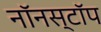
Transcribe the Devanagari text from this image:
नॉनस्‍टॉप